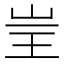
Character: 𱖔